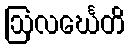
ဩလင်္ဃေတိ